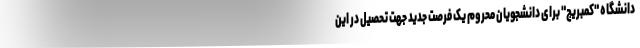
دانشگاه "کمبریج" برای دانشجویان محروم یک فرصت جدید جهت تحصیل در این